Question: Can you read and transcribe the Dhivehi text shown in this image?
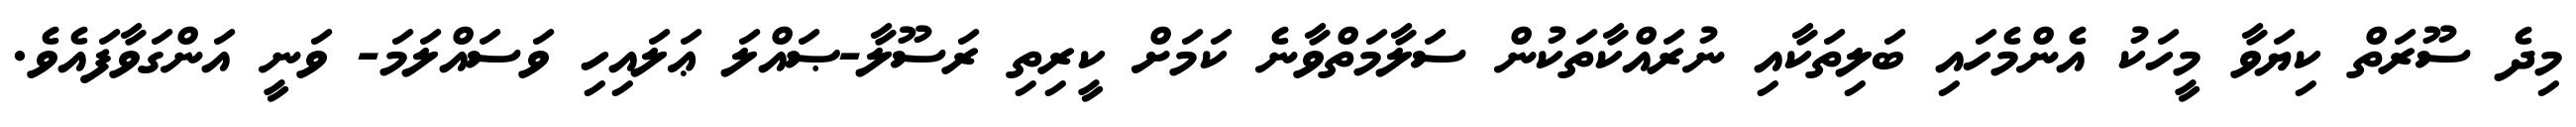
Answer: މިދެ ސޫރަތް ކިޔަވާ މީހަކު އެންމެހައި ބަލިތަކާއި ނުރައްކާތަކުން ސަލާމަތްވާނެ ކަމަށް ކީރިތި ރަސޫލާ-ޞައްލަ ޢަލައިހި ވަސައްލަމަ- ވަނީ އަންގަވާފައެވެ.